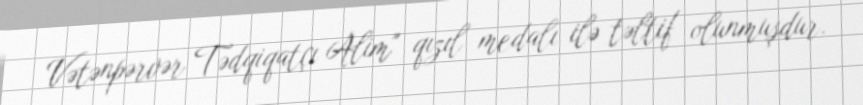
Vətənpərvər Tədqiqatçı Alim" qızıl medalı ilə təltif olunmuşdur.